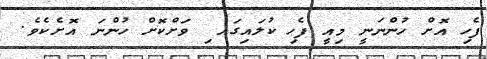
ފެހި އޮށް ހުންނަނީ މިއީ ފެހި ކުލައިގައ ި ވަށްކޮށް ހުންނަ އޮށެކެވެ.